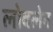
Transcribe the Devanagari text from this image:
लोवलेन